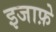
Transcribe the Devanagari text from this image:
इजाफ़े